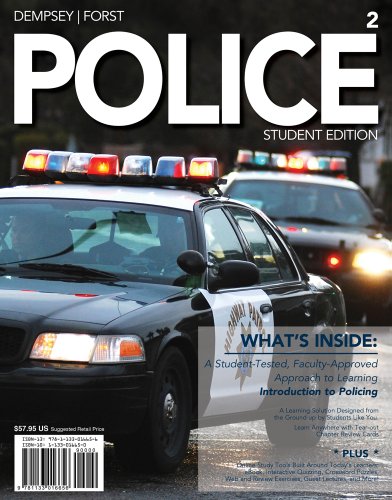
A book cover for POLICE (with Criminal Justice CourseMate with eBook Printed Access Card); John S. Dempsey; Law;